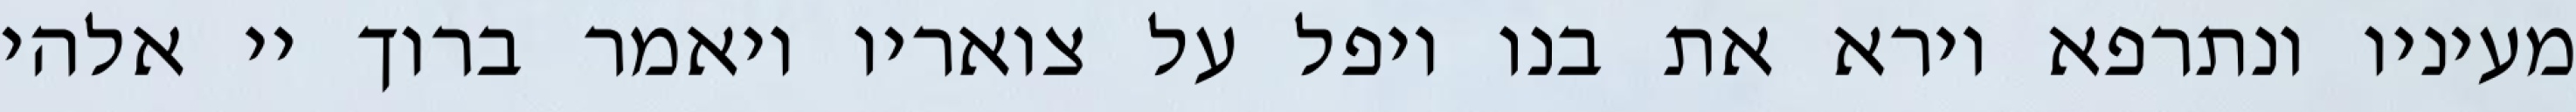
מעיניו ונתרפא וירא את בנו ויפל על צואריו ויאמר ברוך יי אלהי